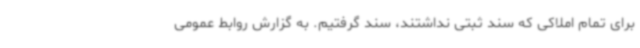
برای تمام املاکی که سند ثبتی نداشتند، سند گرفتیم. به گزارش روابط عمومی